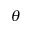
\theta